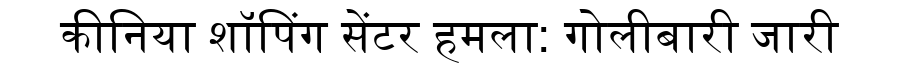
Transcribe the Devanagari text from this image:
कीनिया शॉपिंग सेंटर हमला: गोलीबारी जारी